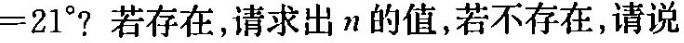
=21^{\circ}?若存在，请求出n的值，若不存在，请说